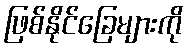
ဖြစ်နိုင်ခြေများကို